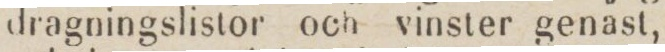
dragningslistor och vinster genast,